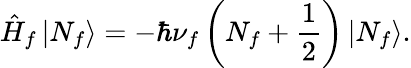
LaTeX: \hat{H}_{f}\left|N_{f}\right>=-\hbar\nu_{f}\left(N_{f}+\frac{1}{2}\right)\left|N_{f}\right>.